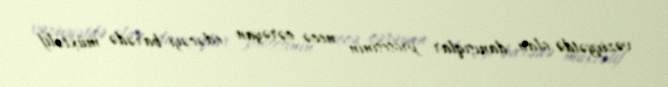
vəziyyətdə olan danışıqlar prosesinin necə cərəyan edəcəyi barədə müxtəlif